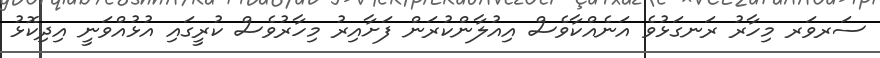
ސަރވަރ މިހާރު ރަނގަޅުވެ އަނެއްކާވެސް އިއުލާންކުރަން ފަށާއިރު މިހާރުވެސް ކުރީގައި އުޅުއްވަނީ އިދިކޮޅު